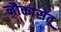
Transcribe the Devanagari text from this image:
नौकासेतू